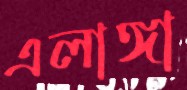
এলাঙ্গা